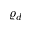
\varrho _ { d }